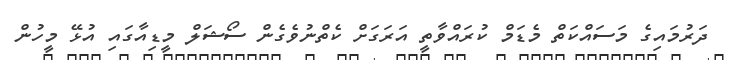
ދަރުމައިގެ މަސައްކަތް މެޑަމް ކުރައްވާތީ އަރަގަށް ކެތްނުވެގެން ސޯޝަލް މީޑިއާގައި އުޅޭ މީހުން